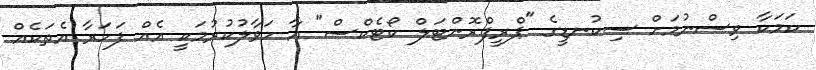
ކަމަކާ ވިސްނުމަށް ސިކުނޑީގެ "ޕްރީފްރޮންޓަލް ކޯޓެކްސް" އާ ހަވާލުކުރުމަކީ އެއް ފަހަރާ އެތަކެއް